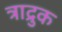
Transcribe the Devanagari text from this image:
त्राद्रुक